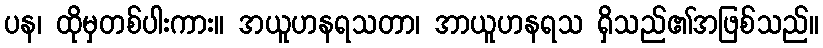
ပန၊ ထိုမှတစ်ပါးကား။ အယူဟနရသတာ၊ အာယူဟနရသ ရှိသည်၏အဖြစ်သည်။